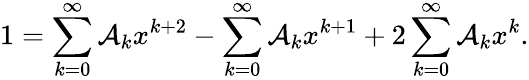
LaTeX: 1=\sum_{k=0}^{\infty}\mathcal{A}_{k}x^{k+2}-\sum_{k=0}^{\infty}\mathcal{A}_{k}x^{k+1}+2\sum_{k=0}^{\infty}\mathcal{A}_{k}x^{k}.